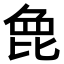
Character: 𣬋